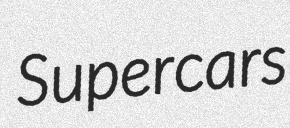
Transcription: Supercars